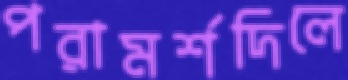
পরামর্শদিলে